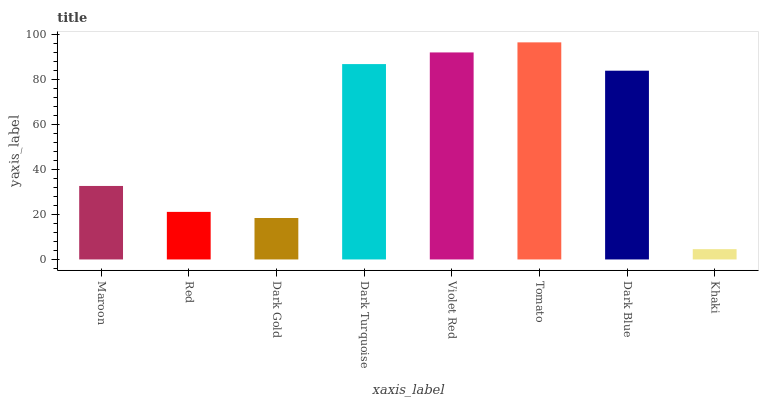
| xaxis_label | bars |
 | --- | --- |
 | Maroon | 32.6 |
 | Red | 21.1 |
 | Dark Gold | 18.4 |
 | Dark Turquoise | 86.7 |
 | Violet Red | 91.8 |
 | Tomato | 96.3 |
 | Dark Blue | 83.7 |
 | Khaki | 4.57 |